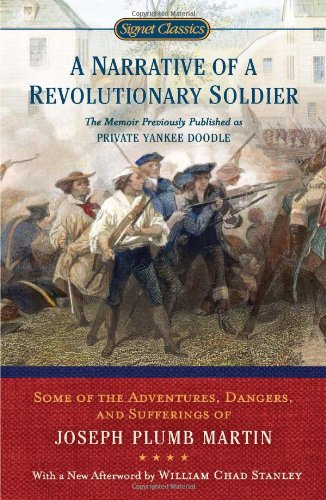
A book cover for A Narrative of a Revolutionary Soldier: Some Adventures, Dangers, and Sufferings of Joseph Plumb Martin (Signet Classics); Joseph Plumb Martin; Literature & Fiction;